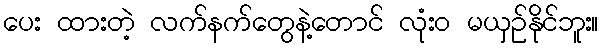
ပေး ထားတဲ့ လက်နက်တွေနဲ့တောင် လုံးဝ မယှဉ်နိုင်ဘူး။